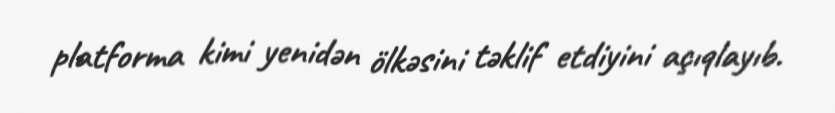
platforma kimi yenidən ölkəsini təklif etdiyini açıqlayıb.